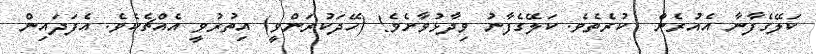
ކަލޭގެފާނާ އެއުރެން  ކުރެތެވެ. ކަލޭގެފާނު ވިދާޅުވާށެވެ! (ހޭދަކުރަންވީ) އިތުރުވީ އެއްޗެކެވެ. އެފަދައިން